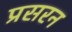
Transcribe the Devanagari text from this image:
प्रसरन